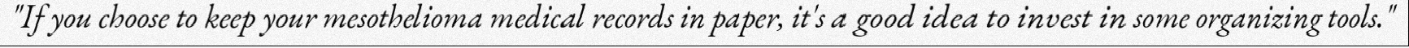
"If you choose to keep your mesothelioma medical records in paper, it's a good idea to invest in some organizing tools."